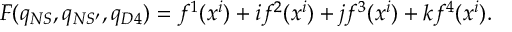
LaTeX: F ( q _ { N S } , q _ { N S ^ { \prime } } , q _ { D 4 } ) = f ^ { 1 } ( x ^ { i } ) + i f ^ { 2 } ( x ^ { i } ) + j f ^ { 3 } ( x ^ { i } ) + k f ^ { 4 } ( x ^ { i } ) .